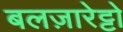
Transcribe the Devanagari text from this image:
बलज़ारेट्टो